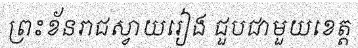
ព្រះខ័នរាជស្វាយរៀង ជួបជាមួយខេត្ត